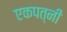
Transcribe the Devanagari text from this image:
एकपत्नी